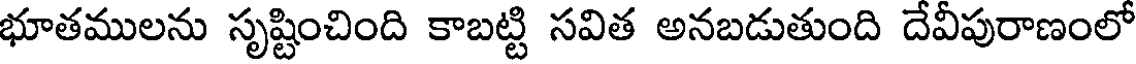
భూతములను సృష్టించింది కాబట్టి సవిత అనబడుతుంది దేవీపురాణంలో